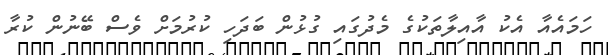
ހަމައެއާ އެކު އާއިލާތަކުގެ މެދުގައި ގުޅުން ބަދަހި ކުރުމަށް ވެސް ބޭނުން ކުރާ